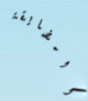
المضايقة